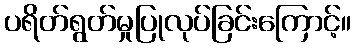
ပရိတ်ရွတ်မှုပြုလုပ်ခြင်းကြောင့်။